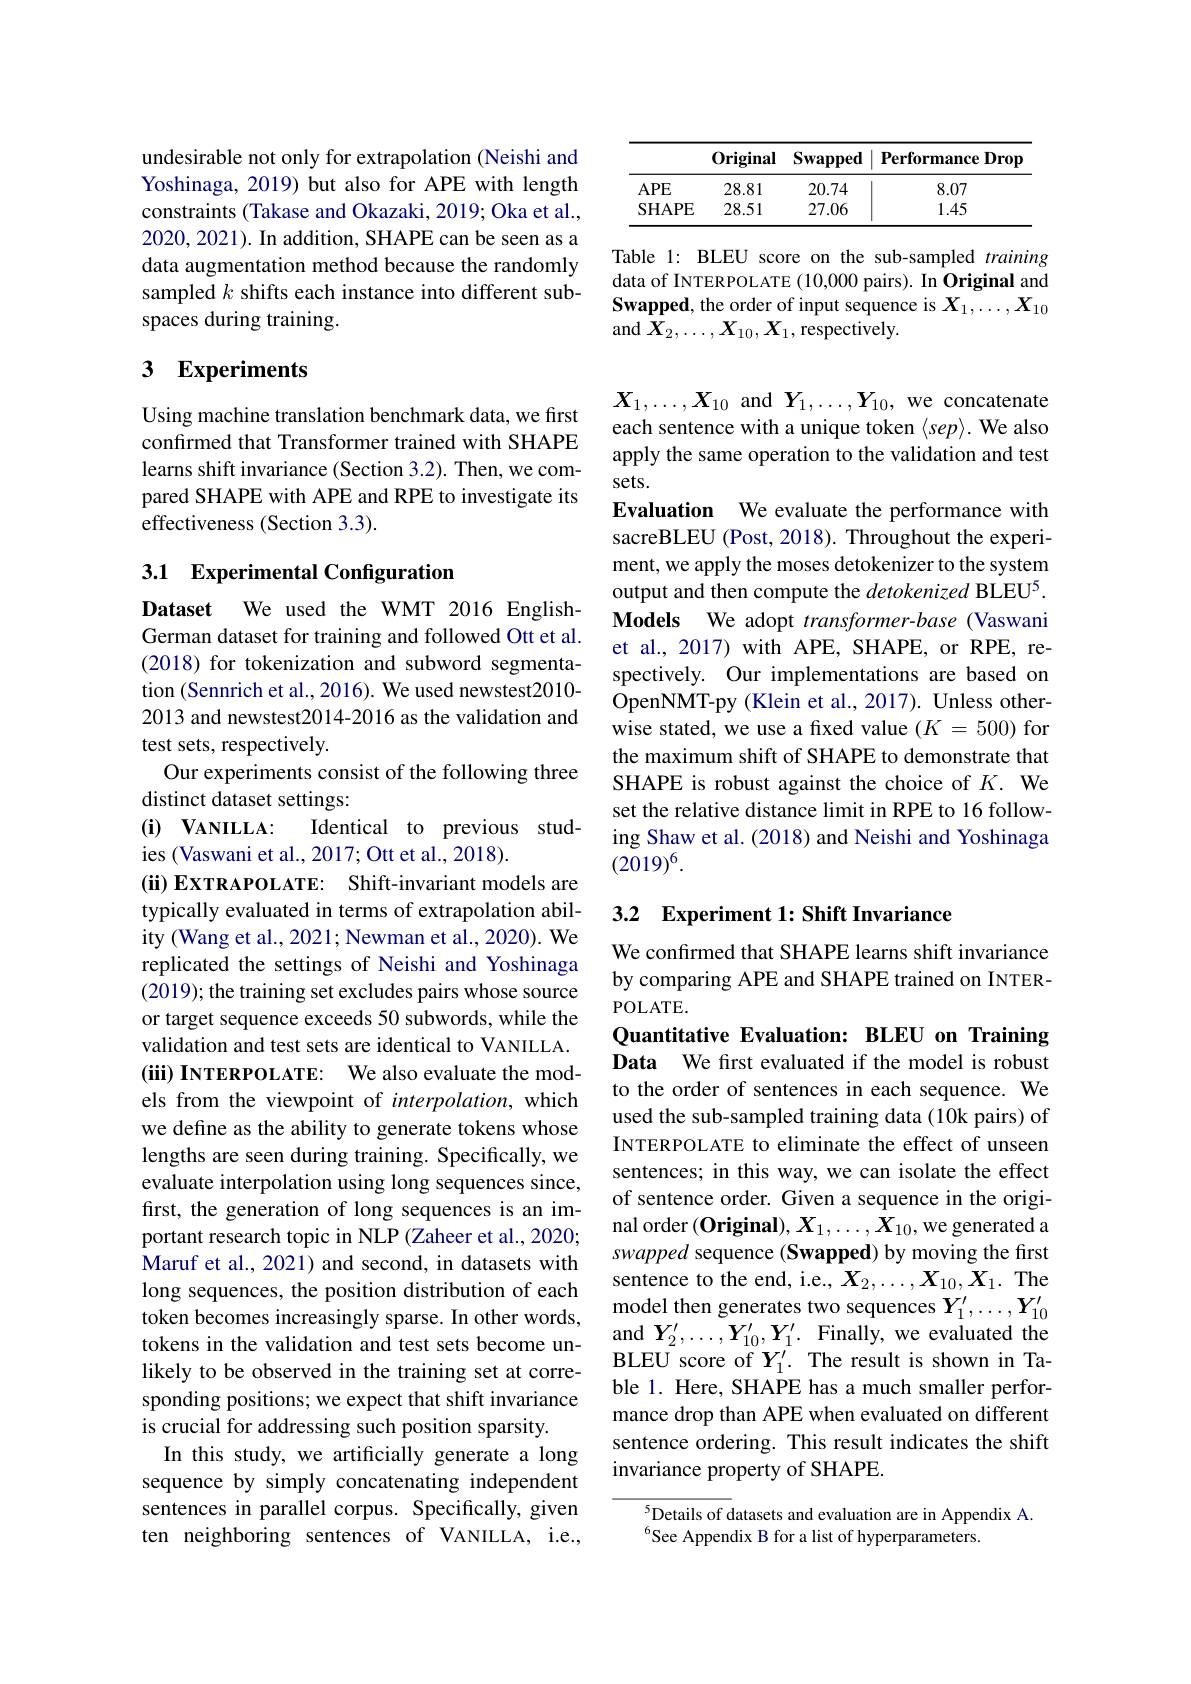
undesirable not only for extrapolation (Neishi and Yoshinaga, 2019) but also for APE with length constraints (Takase and Okazaki, 2019; Oka et al., 2020,2021). In addition, SHAPE can be seen as a data augmentation method because the randomly sampled $k$ shifts each instance into different subspaces during training.

## 3 $\textbf{Experiments}$

Using machine translation benchmark data, we first confirmed that Transformer trained with SHAPE learns shift invariance (Section 3.2). Then, we compared SHAPE with APE and RPE to investigate its effectiveness (Section 3.3).

## 3.1 Experimental Configuration

Dataset We used the WMT 2016 EnglishGerman dataset for training and followed Ott et al. (2018) for tokenization and subword segmentation (Sennrich et al., 2016). We used newstest2010- 2013 and newstest2014-2016 as the validation and test sets, respectively.
Our experiments consist of the following three
distinct dataset settings:
Identical to previous stud-
$( \mathbf{i} )$ $\mathbf{V} _{\mathbf{ANILLA}}:$
ies (Vaswani et al., 2017; Ott et al., 2018).
$( \textbf{\" {i}) EXTRAPOLATE: }$ Shift-invariant models are typically evaluated in terms of extrapolation ability (Wang et al., 2021; Newman et al., 2020). We replicated the settings of Neishi and Yoshinaga (2019); the training set excludes pairs whose source or target sequence exceeds 50 subwords, while the validation and test sets are identical to VANILLA. (iii) INTERPOLATE: We also evaluate the models from the viewpoint of interpolation, which we define as the ability to generate tokens whose lengths are seen during training. Specifically, we evaluate interpolation using long sequences since, first, the generation of long sequences is an important research topic in NLP (Zaheer et al., 2020; Maruf et al., 2021) and second, in datasets with long sequences, the position distribution of each token becomes increasingly sparse. In other words, tokens in the validation and test sets become unlikely to be observed in the training set at corresponding positions; we expect that shift invariance is crucial for addressing such position sparsity.
In this study, we artificially generate a long sentence orderıng. This result equence bv simplv concatenating indenendent invariance property of SHAPE.
sequence by simply concatenating independent sentences in parallel corpus. Specifically, given ten neighboring sentences of VANILLA, i.e.,

<table>
	<tbody>
		<tr>
			<th> </th>
			<th>0riginal</th>
			<th>Swapped</th>
			<th>Performance Drop</th>
		</tr>
		<tr>
			<td>$APE$</td>
			<td>28.81</td>
			<td>20.74</td>
			<td>8.07</td>
		</tr>
		<tr>
			<td>SHAPE</td>
			<td>28.51</td>
			<td>27.06</td>
			<td>1.45</td>
		</tr>
	</tbody>
</table>

Table 1: BLEU score on the sub-sampled training data of INTERPOLATE (10,000 pairs). In Original and Swapped, the order of input sequence is $X_1,\ldots,X_{10}$ and $X_2,\ldots,X_{10},X_1$,respectively

$X_1,\ldots,X_{10}$ and $Y_1,\ldots,Y_{10}$, we concatenate each sentence with a unique token $\langle sep\rangle.$ We also apply the same operation to the validation and test sets.

Evaluation We evaluate the performance with sacreBLEU (Post, 2018). Throughout the experiment, we apply the moses detokenizer to the system output and then compute the detokenized BLEU$^5.$ Models We adopt transformer-base (Vaswani et al., 2017) with APE, SHAPE, or RPE, respectively. Our implementations are based on OpenNMT-py (Klein et al., 2017). Unless otherwise stated, we use a fixed value $(K=500)$ for the maximum shift of SHAPE to demonstrate that SHAPE is robust against the choice of $K.$ We set the relative distance limit in RPE to 16 following Shaw et al. (2018) and Neishi and Yoshinaga $(2019)^6.$

### 3.2 Experiment 1: Shift Invariance

We confırmed that SHAPE learns shift invariance by comparing APE and SHAPE trained on INTERPOLATE.

Quantitative Evaluation: BLEU on Training Data We first evaluated if the model is robust to the order of sentences in each sequence. We used the sub-sampled training data (10k pairs) of INTERPOLATE to eliminate the effect of unseen sentences; in this way, we can isolate the effect of sentence order. Given a sequence in the original order (Original), $X_1,\ldots,X_{10}$, we generated a swapped sequence (Swapped) by moving the first sentence to the end, i.e., $X_2,\ldots,X_{10},X_1.$ The model then generates two sequences $Y_1^{\prime},\ldots,Y_{10}^{\prime}$ and $Y_2^{\prime},\ldots,Y_{10}^{\prime},Y_1^{\prime}.$ Finally, we evaluated the BLEU score of $Y_1^{\prime}.$ The result is shown in Table 1. Here, SHAPE has a much smaller performance drop than APE when evaluated on different sentence ordering. This result indicates the shift

$^{5}$Details of datasets and evaluation are in Appendix A.
See Appendix B for a list of hyperparameters.